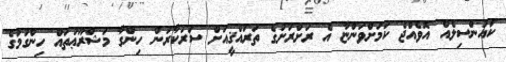
ކައުންސިލެއް އޮވެއްޖެ ކަމަށްވަންޏާ އެ ރަށްރަށުގެ ތަރައްޤީއަށް ސަރުކާރުން ހިންގާ މަޝްރޫޢުތައް ހިންގުމުގެ